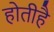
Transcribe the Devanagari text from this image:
होतीहै